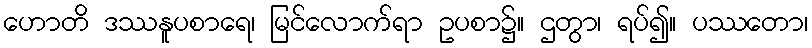
ဟောတိ ဒဿနူပစာရေ၊ မြင်လောက်ရာ ဥပစာ၌။ ဌတွာ၊ ရပ်၍။ ပဿတော၊